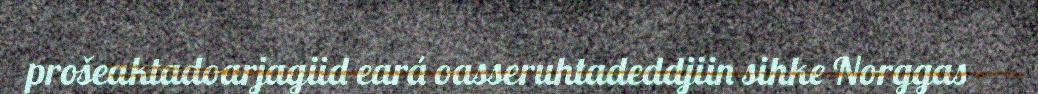
prošeaktadoarjagiid eará oasseruhtadeddjiin sihke Norggas